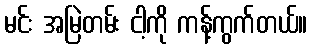
မင်း အမြဲတမ်း ငါ့ကို ကန့်ကွက်တယ်။